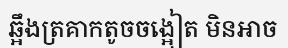
ឆ្អឹងត្រគាកតូចចង្អៀត មិនអាច